Annual report on the Civil Veterinary Department, Burma (including the Insein Veterinary School) - 1932-1941
Year: 1932
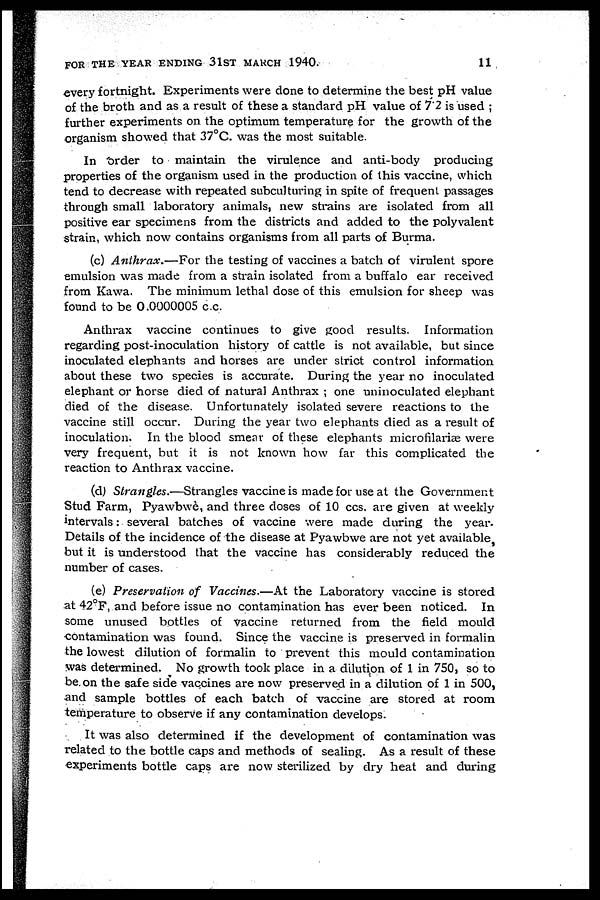
FOR THE YEAR ENDING 31ST MARCH 1940.
11
every fortnight. Experiments were done to determine the best pH value
of the broth and as a result of these a standard pH value of 7 2 is used ;
further experiments on the optimum temperature for the growth of the
organism showed that 37°C. was the most suitable.
In order to maintain the virulence and anti-body producing
properties of the organism used in the production of this vaccine, which
tend to decrease with repeated subculturing in spite of frequent passages
through small laboratory animals, new strains are isolated from all
positive ear specimens from the districts and added to the polyvalent
strain, which now contains organisms from all parts of Burma.
(c) Anthrax.—For the testing of vaccines a batch of virulent spore
emulsion was made from a strain isolated from a buffalo ear received
from Kawa. The minimum lethal dose of this emulsion for sheep was
found to be 0.0000005 c.c.
Anthrax vaccine continues to give good results. Information
regarding post-inoculation history of cattle is not available, but since
inoculated elephants and horses are under strict control information
about these two species is accurate. During the year no inoculated
elephant or horse died of natural Anthrax ; one uninoculated elephant
died of the disease. Unfortunately isolated severe reactions to the
vaccine still occur. During the year two elephants died as a result of
inoculation. In the blood smear of these elephants microfilariae were
very frequent, but it is not known how far this complicated the
reaction to Anthrax vaccine.
(d) Strangles.—Strangles vaccine is made for use at the Government
Stud Farm, Pyawbwe, and three closes of 10 ccs. are given at weekly
intervals: several batches of vaccine were made during the year.
Details of the incidence of the disease at Pyawbwe are not yet available
but it is understood that the vaccine has considerably reduced the
number of cases.
(e) Preservation of Vaccines.—At the Laboratory vaccine is stored
at 42°F, and before issue no contamination has ever been noticed. In
some unused bottles of vaccine returned from the field mould
contamination was found. Since the vaccine is preserved in formalin
the lowest dilution of formalin to prevent this mould contamination
was determined. No growth took place in a dilution of 1 in 750, so to
be on the safe side vaccines are now preserved in a dilution of 1 in 500,
and sample bottles of each batch of vaccine are stored at room
temperature to observe if any contamination develops.
It was also determined if the development of contamination was
related to the bottle caps and methods of sealing. As a result of these
experiments bottle caps are now sterilized by dry heat and during